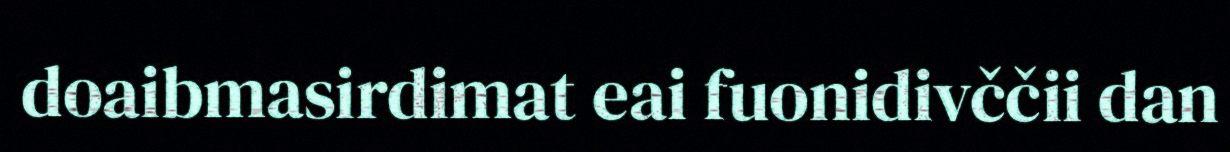
doaibmasirdimat eai fuonidivččii dan